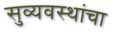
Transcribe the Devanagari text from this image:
सुव्यवस्थांचा